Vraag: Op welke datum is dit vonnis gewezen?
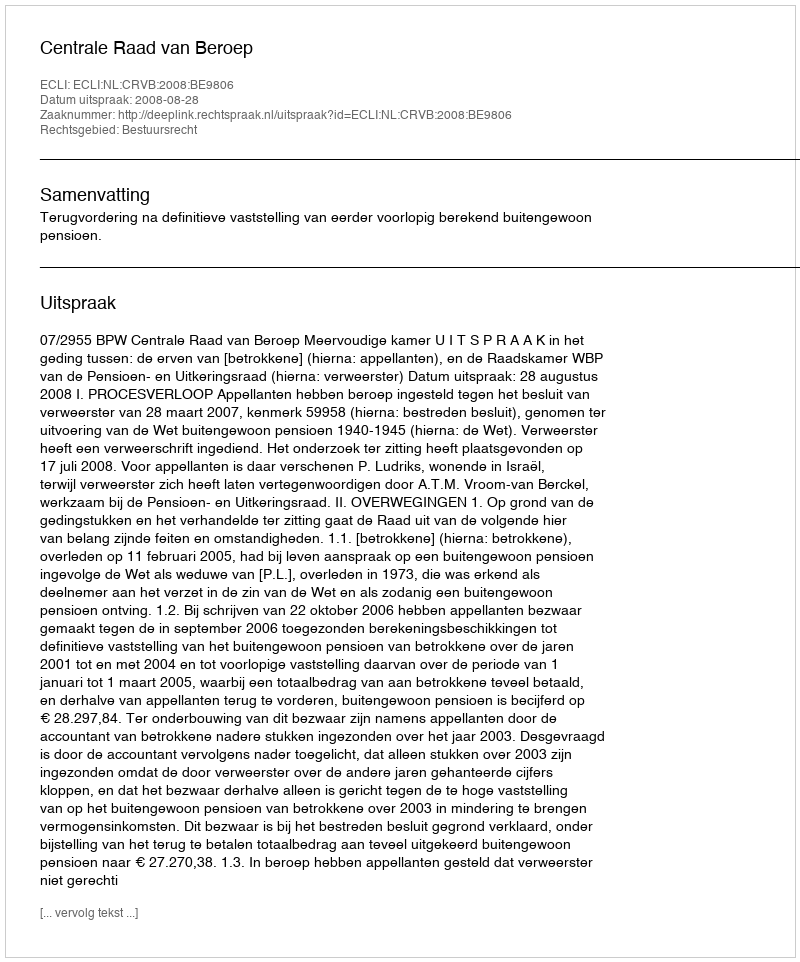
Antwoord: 2008-08-28